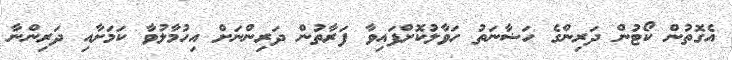
އެގޮތުން ކޯޓުން ދަރިންގެ ހަޟާނަތު ހަވާލުކޮށްފައިވާ ފަރާތުން ދަރިންނަށް އިހުމާލުވާ ކަމަށާއި ދަރިންނާ